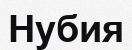
Нубия